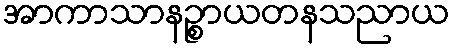
အာကာသာနဉ္စာယတနသညာယ